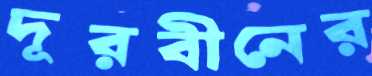
দূরবীনের